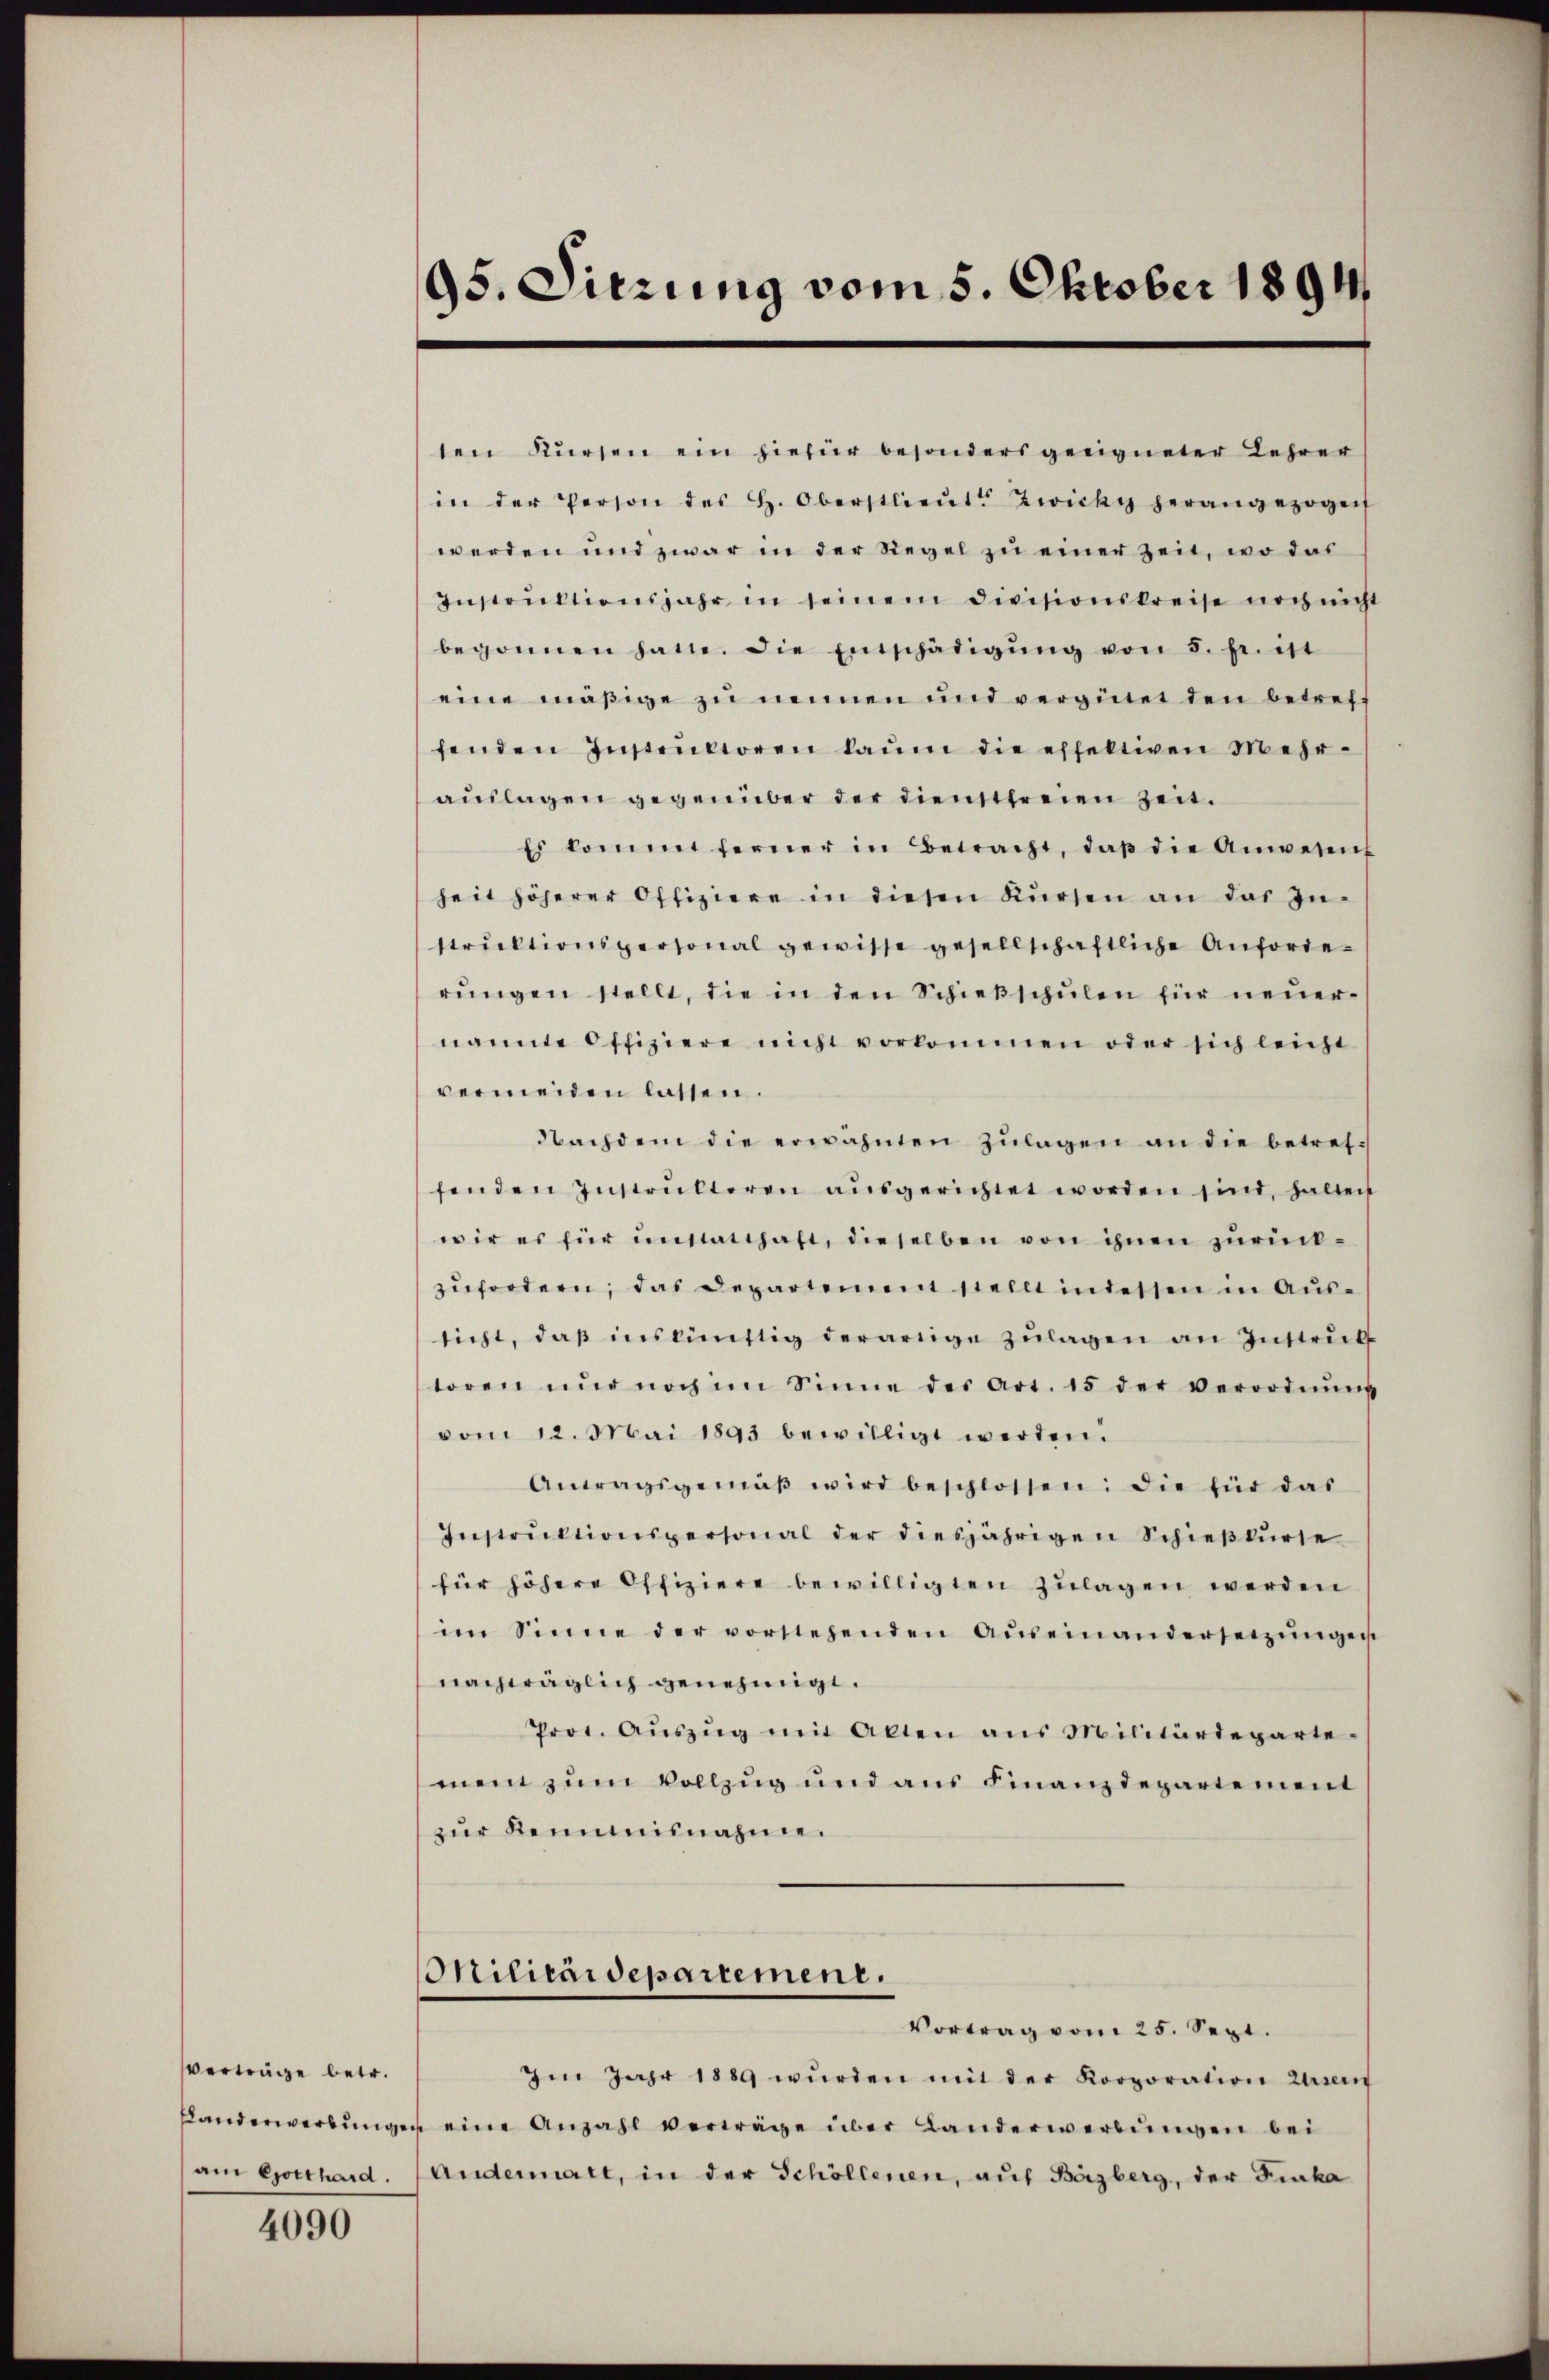
verträge betr.
am Gotthard.

4090

95. Sitzung vom 5. Oktober 1891

ten Kürsen ein hiefür besonders geeigneter Lehrer
in der Person des h. Oberstlieŭt. Zwicky herangezogen
werden und zwar in der Regel zu einer Zeit, wo das
Instruktionsjahr in seinem Divisionskreise noch nicht
begonnen hatte. Die Entschädigŭng von 5. fr. ist
eine mäßige zu nemen und vergüter den betreff
fenden Instentioren laŭm die effektiven Mehr-
aŭslagen gegenüber der dienstfreien Zeit.
Es kommt ferner in Betracht, daβ die Anwesen
heit höherer Offiziere in diesen Kürsen an das In-
struktionspersonal gewisse gesellschaftliche Anforderŭngen stellt, die in den Schieβschŭlen für neŭer-
nannte Offiziere nicht vorkommen oder sich leicht
vermeiden lassen.
Nachdem die erwähnten Zulagen an die betreffenden Instrŭktoren aŭsgerichtet worden sind, halten
wir es für unstatthaft, dieselben von ihnen zurückzŭfordern, das Departement stellt indessen in Aŭs-
sicht, daß inskünftig derartige Zulagen an Instruk
toren nŭr noch im Sinne des Art. 15 der verordnŭng
vom 12. Mai 1893 bewilligt werden.
Antagsgemäβ wird beschlossen: die für das
Instrŭktionspersonal der diesjährigen Schieβkŭrse
für höhere Offiziere bewilligten zulagen werden
im Sinne der vorstehenden Aŭseinandersetzŭngen
nachträglich genehmigt.
Prot. Aŭszŭg mit Alten aus Militärdeparte-
mein zum Vollzug und ans Finanzdepartement
zŭr Keimisnahme.
Militärdepartement.
Vortrag vom 25. Sept.
Im Jahr 1889 wŭrden mit der Korporation zusen
Landerwerbungen eine Anzahl verträge über Landerwerbungen bei
Andermatt, in der Schöllenen, auf Bäzberg, der Finka